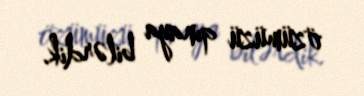
özümüzü qınaya bilərdik.